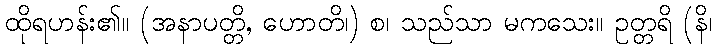
ထိုရဟန်း၏။ (အနာပတ္တိ, ဟောတိ၊) စ၊ သည်သာ မကသေး။ ဥတ္တရိ (နိ၊